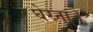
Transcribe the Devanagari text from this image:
घेरना।